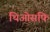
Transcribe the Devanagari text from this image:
थिओसफि